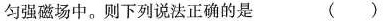
匀强磁场中。则下列说法正确的是 ( )